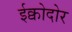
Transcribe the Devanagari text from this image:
ईक्वोदोर